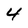
Character: 4